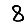
Digit: 8